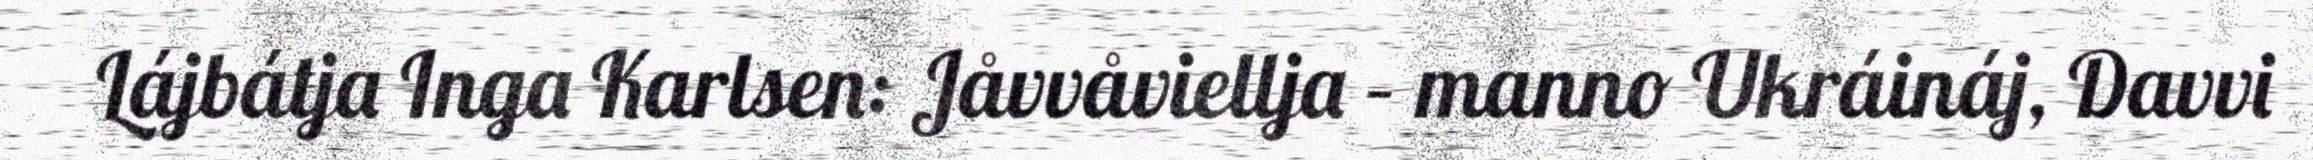
Lájbátja Inga Karlsen: Jåvvåviellja – manno Ukráináj, Davvi